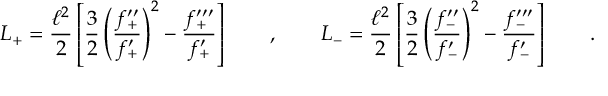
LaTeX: L _ { + } = \frac { \ell ^ { 2 } } 2 \left[ \frac 3 2 \left( \frac { f _ { + } ^ { \prime \prime } } { f _ { + } ^ { \prime } } \right) ^ { 2 } - \frac { f _ { + } ^ { \prime \prime \prime } } { f _ { + } ^ { \prime } } \right] \qquad , \qquad L _ { - } = \frac { \ell ^ { 2 } } 2 \left[ \frac 3 2 \left( \frac { f _ { - } ^ { \prime \prime } } { f _ { - } ^ { \prime } } \right) ^ { 2 } - \frac { f _ { - } ^ { \prime \prime \prime } } { f _ { - } ^ { \prime } } \right] \qquad .